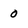
Character: 0